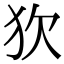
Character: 𤝆